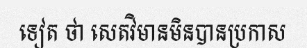
ទៀត ថា សេតវិមានមិនបានប្រកាស